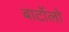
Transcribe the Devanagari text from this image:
बार्टोलो